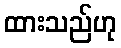
ထားသည်ဟု